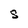
Character: S